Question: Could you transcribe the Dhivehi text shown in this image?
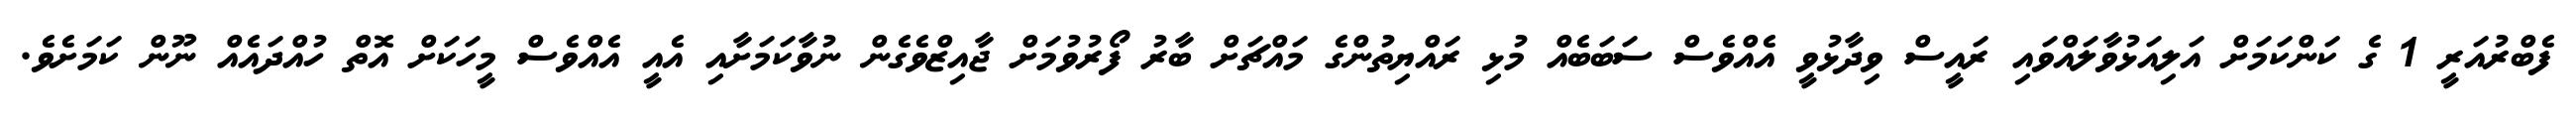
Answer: ފެބްރުއަރީ 1 ގެ ކަންކަމަށް އަލިއަޅުވާލައްވައި ރައީސް ވިދާޅުވީ އެއްވެސް ސަބަބެއް މުޅި ރައްޔިތުންގެ މައްޗަށް ބާރު ފޯރުވުމަށް ޖާއިޒްވެގެން ނުވާކަމަށާއި އެއީ އެއްވެސް މީހަކަށް އޮތް ހުއްދައެއް ނޫން ކަމަށެވެ.